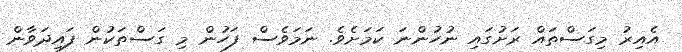
އެއިރު މިގަސްތައް ރަށުގައި ނުހުންނަ ކަމަށެވެ. ނަމަވެސް ފަހުން މި ގަސްތަކުން ފައިދަވާން